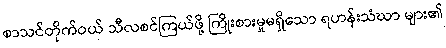
စာသင်တိုက်ဝယ် သီလစင်ကြယ်ဖို့ ကြိုးစားမှုမရှိသော ရဟန်းသံဃာ များ၏